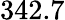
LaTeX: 342.7